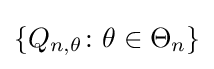
\{Q_{n,\theta }\colon \theta \in \Theta _{n}\}